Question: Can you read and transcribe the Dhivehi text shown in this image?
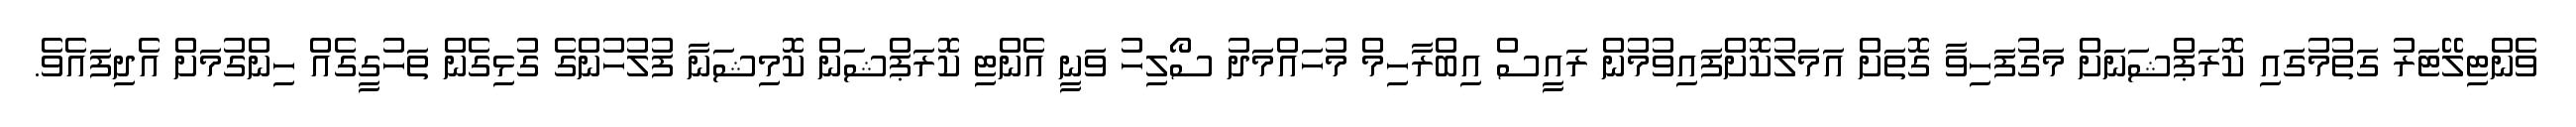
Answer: ވެންޓިލޭޓަރު ގަތުމުގައި ކޮރަޕްޝަނަށް މަގުފަހިވާ ގޮތަށް އަމަލުކޮށްފައިވުމުން ރައީސް އިބްރާހިމް މުހައްމަދު ސޯލިހު ވަނީ އެންޓި ކޮރަޕްޝަން ކޮމިޝަނާ ފުލުހުންގެ ގުޅިގެން ތަހުގީގެއް ހިންގުމަށް އެދިފައެވެ.